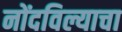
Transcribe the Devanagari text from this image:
नोंदविल्याचा